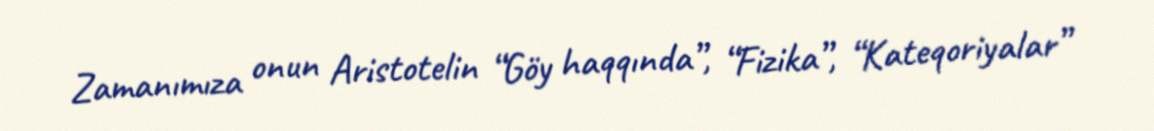
Zamanımıza onun Aristotelin “Göy haqqında”, “Fizika”, “Kateqoriyalar”